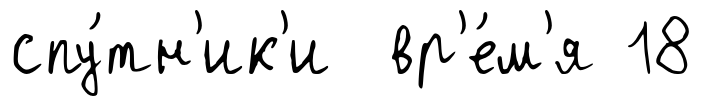
спу́тн'ик'и вр'е́м'я 18